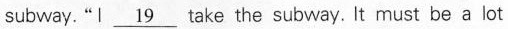
subway. "I \underline{19} take the subway. It must be a lot